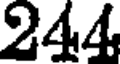
244